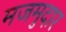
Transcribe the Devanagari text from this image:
मजमुदार